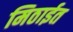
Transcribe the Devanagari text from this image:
मिठाईत